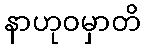
နာဟုဝမှာတိ